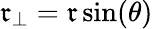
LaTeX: \mathfrak{r}_{\perp}=\mathfrak{r}\sin(\theta)